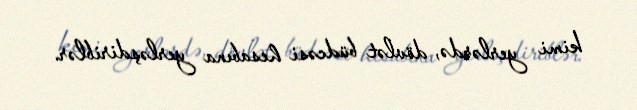
kimi yerlərdə, dövlət büdcəsi hesabına yerləşdiriblər.